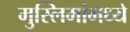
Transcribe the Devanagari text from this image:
मुस्लिमांमध्ये